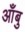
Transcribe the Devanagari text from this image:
आँबु